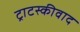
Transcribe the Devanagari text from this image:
ट्राटस्कीवाद